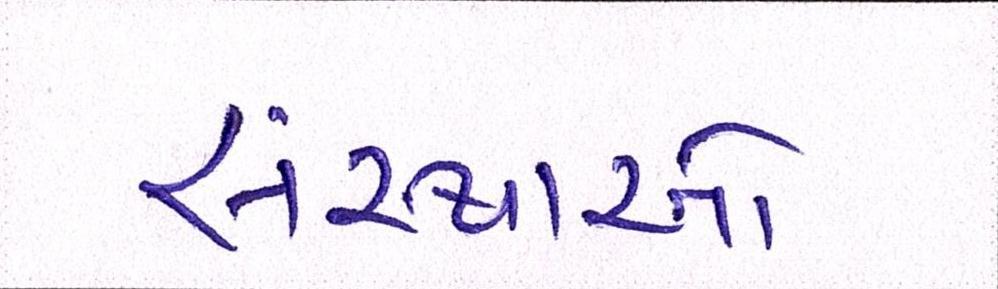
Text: સંસ્થાઓ